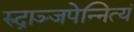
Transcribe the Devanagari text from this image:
रुद्राञ्जपेन्नित्यं